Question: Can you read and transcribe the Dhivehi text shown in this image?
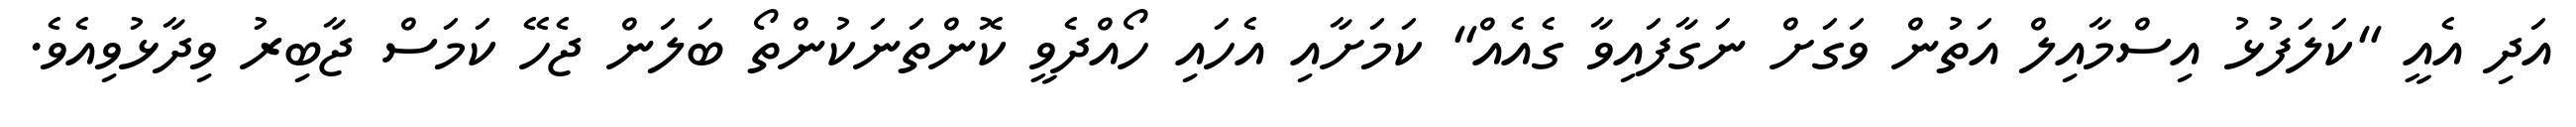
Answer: އަދި އެއީ "ކަލަފުޅު އިސްމާއިލް އަތުން ވަގަށް ނަގާފައިވާ ގެއެއް" ކަމަށާއި އެހައި ހޯއްދެވީ ކޮންތަނަކުންތޯ ބަލަން ޖެހޭ ކަމަސް ޖާބިރު ވިދާޅުވިއެވެ.